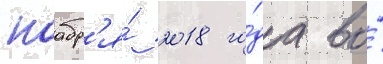
ноабр'я́ 2018 го́да во́